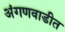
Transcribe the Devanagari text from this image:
अंगणवाडीत